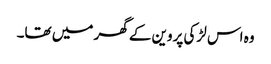
وہ اس لڑکی پروین کے گھر میں تھا۔